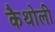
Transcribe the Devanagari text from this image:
कैथोली